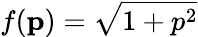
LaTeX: f({\mathbf p})=\sqrt{1+p^{2}}